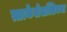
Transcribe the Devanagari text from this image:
त्लाकेलेलत्सिनचा